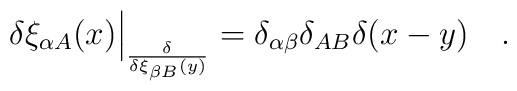
\delta\xi_{\alpha A}(x)\Big|_ {\delta\over \delta\xi_{\beta B}(y)}=\delta_{\alpha\beta}\delta_{AB}\delta(x-y)\quad.